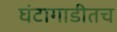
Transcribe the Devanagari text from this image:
घंटागाडीतच